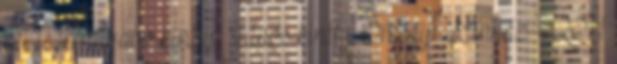
két legkirályabb király, János király Örkény Színház - 2011